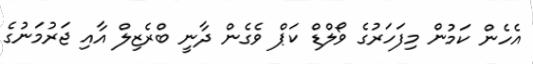
އެހެން ކަމުން މިފަހަރުގެ ވޯލްޑް ކަޕް ވެގެން ދާނީ ބްރެޒިލް އާއި ޖަރުމަނުގެ